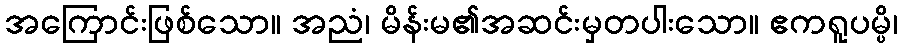
အကြောင်းဖြစ်သော။ အညံ၊ မိန်းမ၏အဆင်းမှတပါးသော။ ဧကရူပမ္ပိ၊